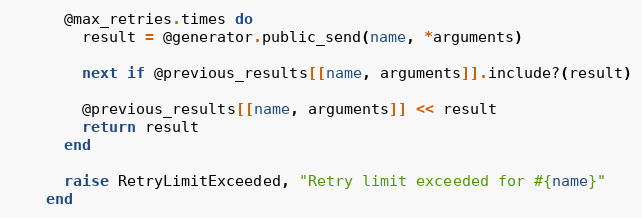
Language: Ruby
      @max_retries.times do
        result = @generator.public_send(name, *arguments)

        next if @previous_results[[name, arguments]].include?(result)

        @previous_results[[name, arguments]] << result
        return result
      end

      raise RetryLimitExceeded, "Retry limit exceeded for #{name}"
    end